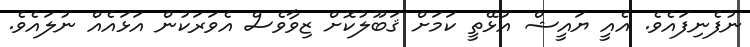
ނުފެނިފައެވެ. އެއީ ޔައީޝް އުޅޭތީ ކަމަށް ޤަބޫލުކޮށް ޒިވާވެސް އެވަރަކުން އަޅައެއް ނުލައެވެ.